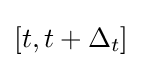
[t,t+\Delta _{t}]